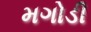
મગોડી